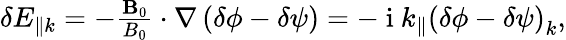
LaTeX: \begin{array}{r}{\delta E_{\parallel{k}}=-\frac{\mathbf{B}_{0}}{B_{0}}\cdot\nabla\left(\delta\phi-\delta\psi\right)=-\mathrm{~i~}k_{\parallel}\left(\delta\phi-\delta\psi\right)_{k},}\end{array}